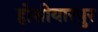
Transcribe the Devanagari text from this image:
होशीयारपुर